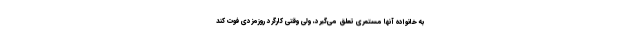
به خانواده آنها مستمری تعلق می‌گیرد، ولی وقتی کارگرد روزمزدی فوت کند